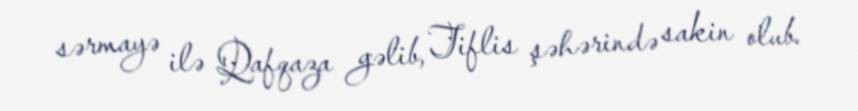
sərmayə ilə Qafqaza gəlib, Tiflis şəhərində sakin olub.